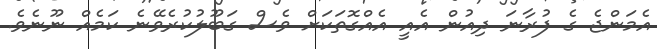
އެމަންޖެ ގެ ފުރާނަ ދިއުން އެއީ އެއްގޮތަކަށް ވެސް ގަބޫލުކުރެވޭނެ ކަމެއް ނޫނެވެ.